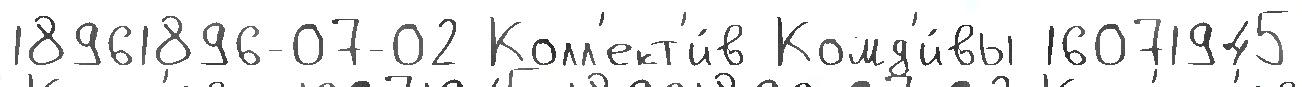
18961896-07-02 Колл'ект'и́в Комд'и́вы 16071945